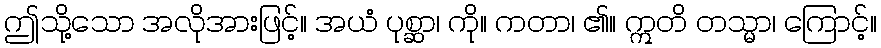
ဤသို့သော အလိုအားဖြင့်။ အယံ ပုစ္ဆာ၊ ကို။ ကတာ၊ ၏။ ဣတိ တသ္မာ၊ ကြောင့်။